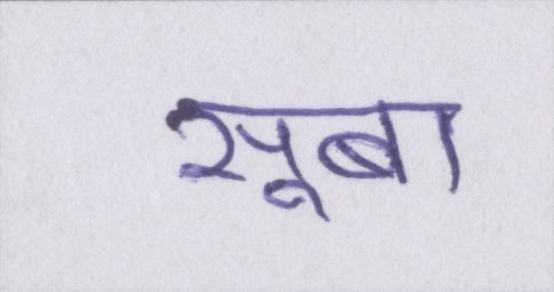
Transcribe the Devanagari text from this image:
सूबा